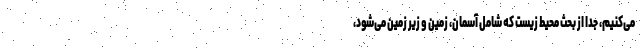
می‌کنیم، جدا از بحث محیط زیست که شامل آسمان، زمین و زیر زمین می‌شود،